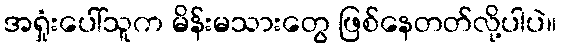
အရှုံးပေါ်သူက မိန်းမသားတွေ ဖြစ်နေတတ်လို့ပါပဲ။